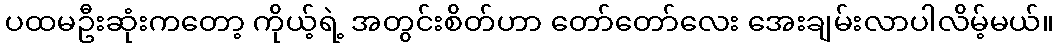
ပထမဦးဆုံးကတော့ ကိုယ့်ရဲ့ အတွင်းစိတ်ဟာ တော်တော်လေး အေးချမ်းလာပါလိမ့်မယ်။